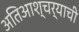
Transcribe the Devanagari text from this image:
अतिआश्चर्याची